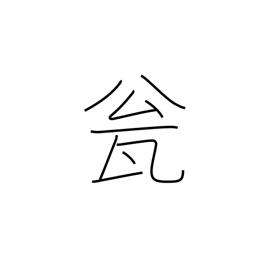
Meaning: jug